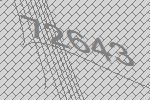
72643